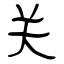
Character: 关